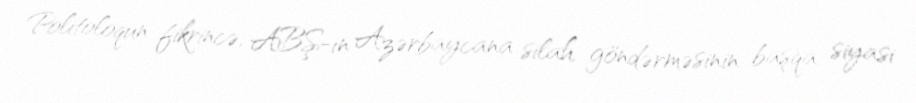
Politoloqun fikrincə, ABŞ-ın Azərbaycana silah göndərməsinin başqa siyasi